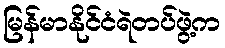
မြန်မာနိုင်ငံရဲတပ်ဖွဲ့က